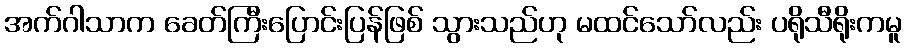
အက်ဂါသာက ခေတ်ကြီးပြောင်းပြန်ဖြစ် သွားသည်ဟု မထင်သော်လည်း ပရိုသီရိုးကမူ